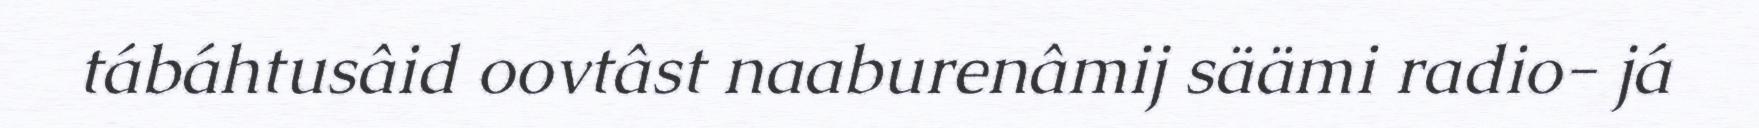
tábáhtusâid oovtâst naaburenâmij säämi radio- já